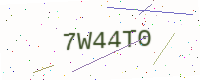
Text: 7W44T0